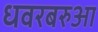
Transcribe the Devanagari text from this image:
धवरबरुआ